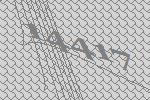
14417